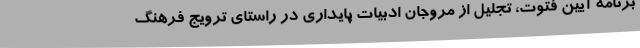
برنامه آیین فتوت، تجلیل از مروجان ادبیات پایداری در راستای ترویج فرهنگ